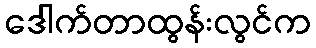
ဒေါက်တာထွန်းလွင်က